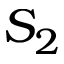
S _ { 2 }